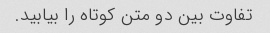
تفاوت بین دو متن کوتاه را بیابید.